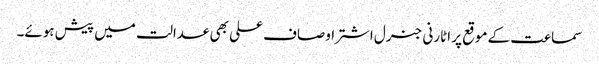
سماعت کے موقع پر اٹارنی جنرل اشتر اوصاف علی بھی عدالت میں پیش ہوئے۔